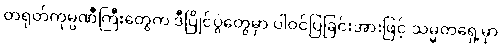
တရုတ်ကုမ္ပဏီကြီးတွေက ဒီပြိုင်ပွဲတွေမှာ ပါဝင်ပြခြင်းအားဖြင့် သမ္မတရှေ့မှာ